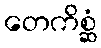
တေကိစ္ဆံ